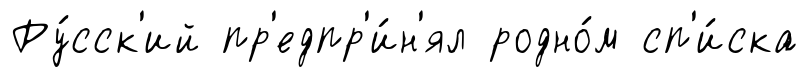
Ру́сск'ий пр'едпр'и́н'ял родно́м сп'и́ска